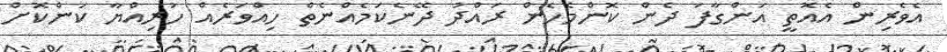
އެވެރިން އެއޮތީ އަންގާފަ ދެން ކޮންމެހެން ރައްދު ދޭނެކަމެއްނެތް ހިއްވަރެއް ހުރިއްޔާ ކަންކޮށް